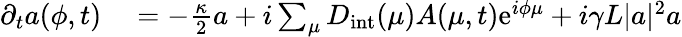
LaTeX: \begin{array}{rl}{\partial_{t}a(\phi,t)}&{{}=-\frac{\kappa}{2}a+i\sum_{\mu}D_{\mathrm{int}}(\mu)A(\mu,t)\mathrm{e}^{i\phi\mu}+i\gamma L|a|^{2}a}\end{array}